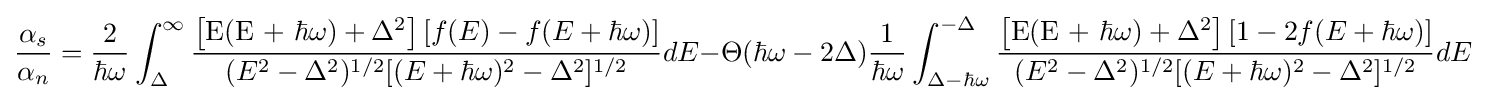
{\frac {\alpha _{s}}{\alpha _{n}}}={\frac {2}{\hbar \omega }}\int _{\Delta }^{\infty }{{\frac {\left[{{\text{E(E + }}\hbar \omega {\text{)}}+\Delta ^{2}}\right][f(E)-f(E+\hbar \omega )]}{(E^{2}-\Delta ^{2})^{1/2}[(E+\hbar \omega )^{2}-\Delta ^{2}]^{1/2}}}dE}{-}\Theta (\hbar \omega -2\Delta ){\frac {1}{\hbar \omega }}\int _{\Delta -\hbar \omega }^{-\Delta }{{\frac {\left[{{\text{E(E + }}\hbar \omega {\text{)}}+\Delta ^{2}}\right][1-2f(E+\hbar \omega )]}{(E^{2}-\Delta ^{2})^{1/2}[(E+\hbar \omega )^{2}-\Delta ^{2}]^{1/2}}}dE}